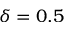
\delta = 0 . 5